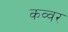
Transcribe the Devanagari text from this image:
कव्वर